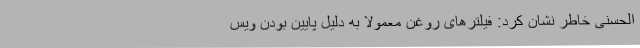
الحسنی خاطر نشان کرد: فیلترهای روغن معمولا به دلیل پایین بودن ویس